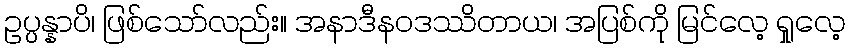
ဥပ္ပန္နာပိ၊ ဖြစ်သော်လည်း။ အနာဒီနဝဒဿိတာယ၊ အပြစ်ကို မြင်လေ့ ရှုလေ့